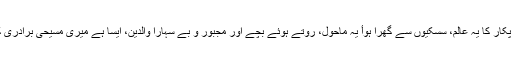
چیخ و پُکار کا یہ عالم، سِسکیوں سے گھِرا ہوأ یہ ماحول، روتے ہوئے بچے اور مجبور و بے سہارا والدین، ایسا ہے میری مسیحی برادری کا حال۔